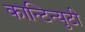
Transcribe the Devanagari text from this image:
कान्टिन्युटी